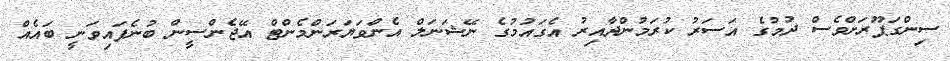
ސިންގަޕޫރަށްވެސް ދުމުގެ އަސަރު ކުރަމުންދާއިރު އެގައުމުގެ ނޭޝަނަލް އެންވަޔަރަންމެންޓް އޭޖެންސީން ބުނެފައިވަނީ ބައެއް